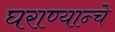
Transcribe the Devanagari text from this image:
घराण्यान्चे